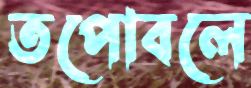
তপোবলে